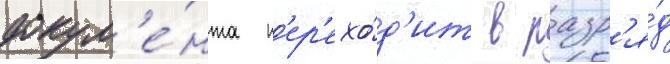
докум'е́нта п'ер'ехо́д'ит в разр'я́д